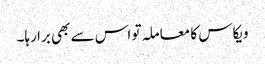
ویکاس کا معاملہ تو اس سے بھی برا رہا۔